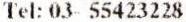
TEL: 03- 55423228